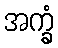
အက္ခံ